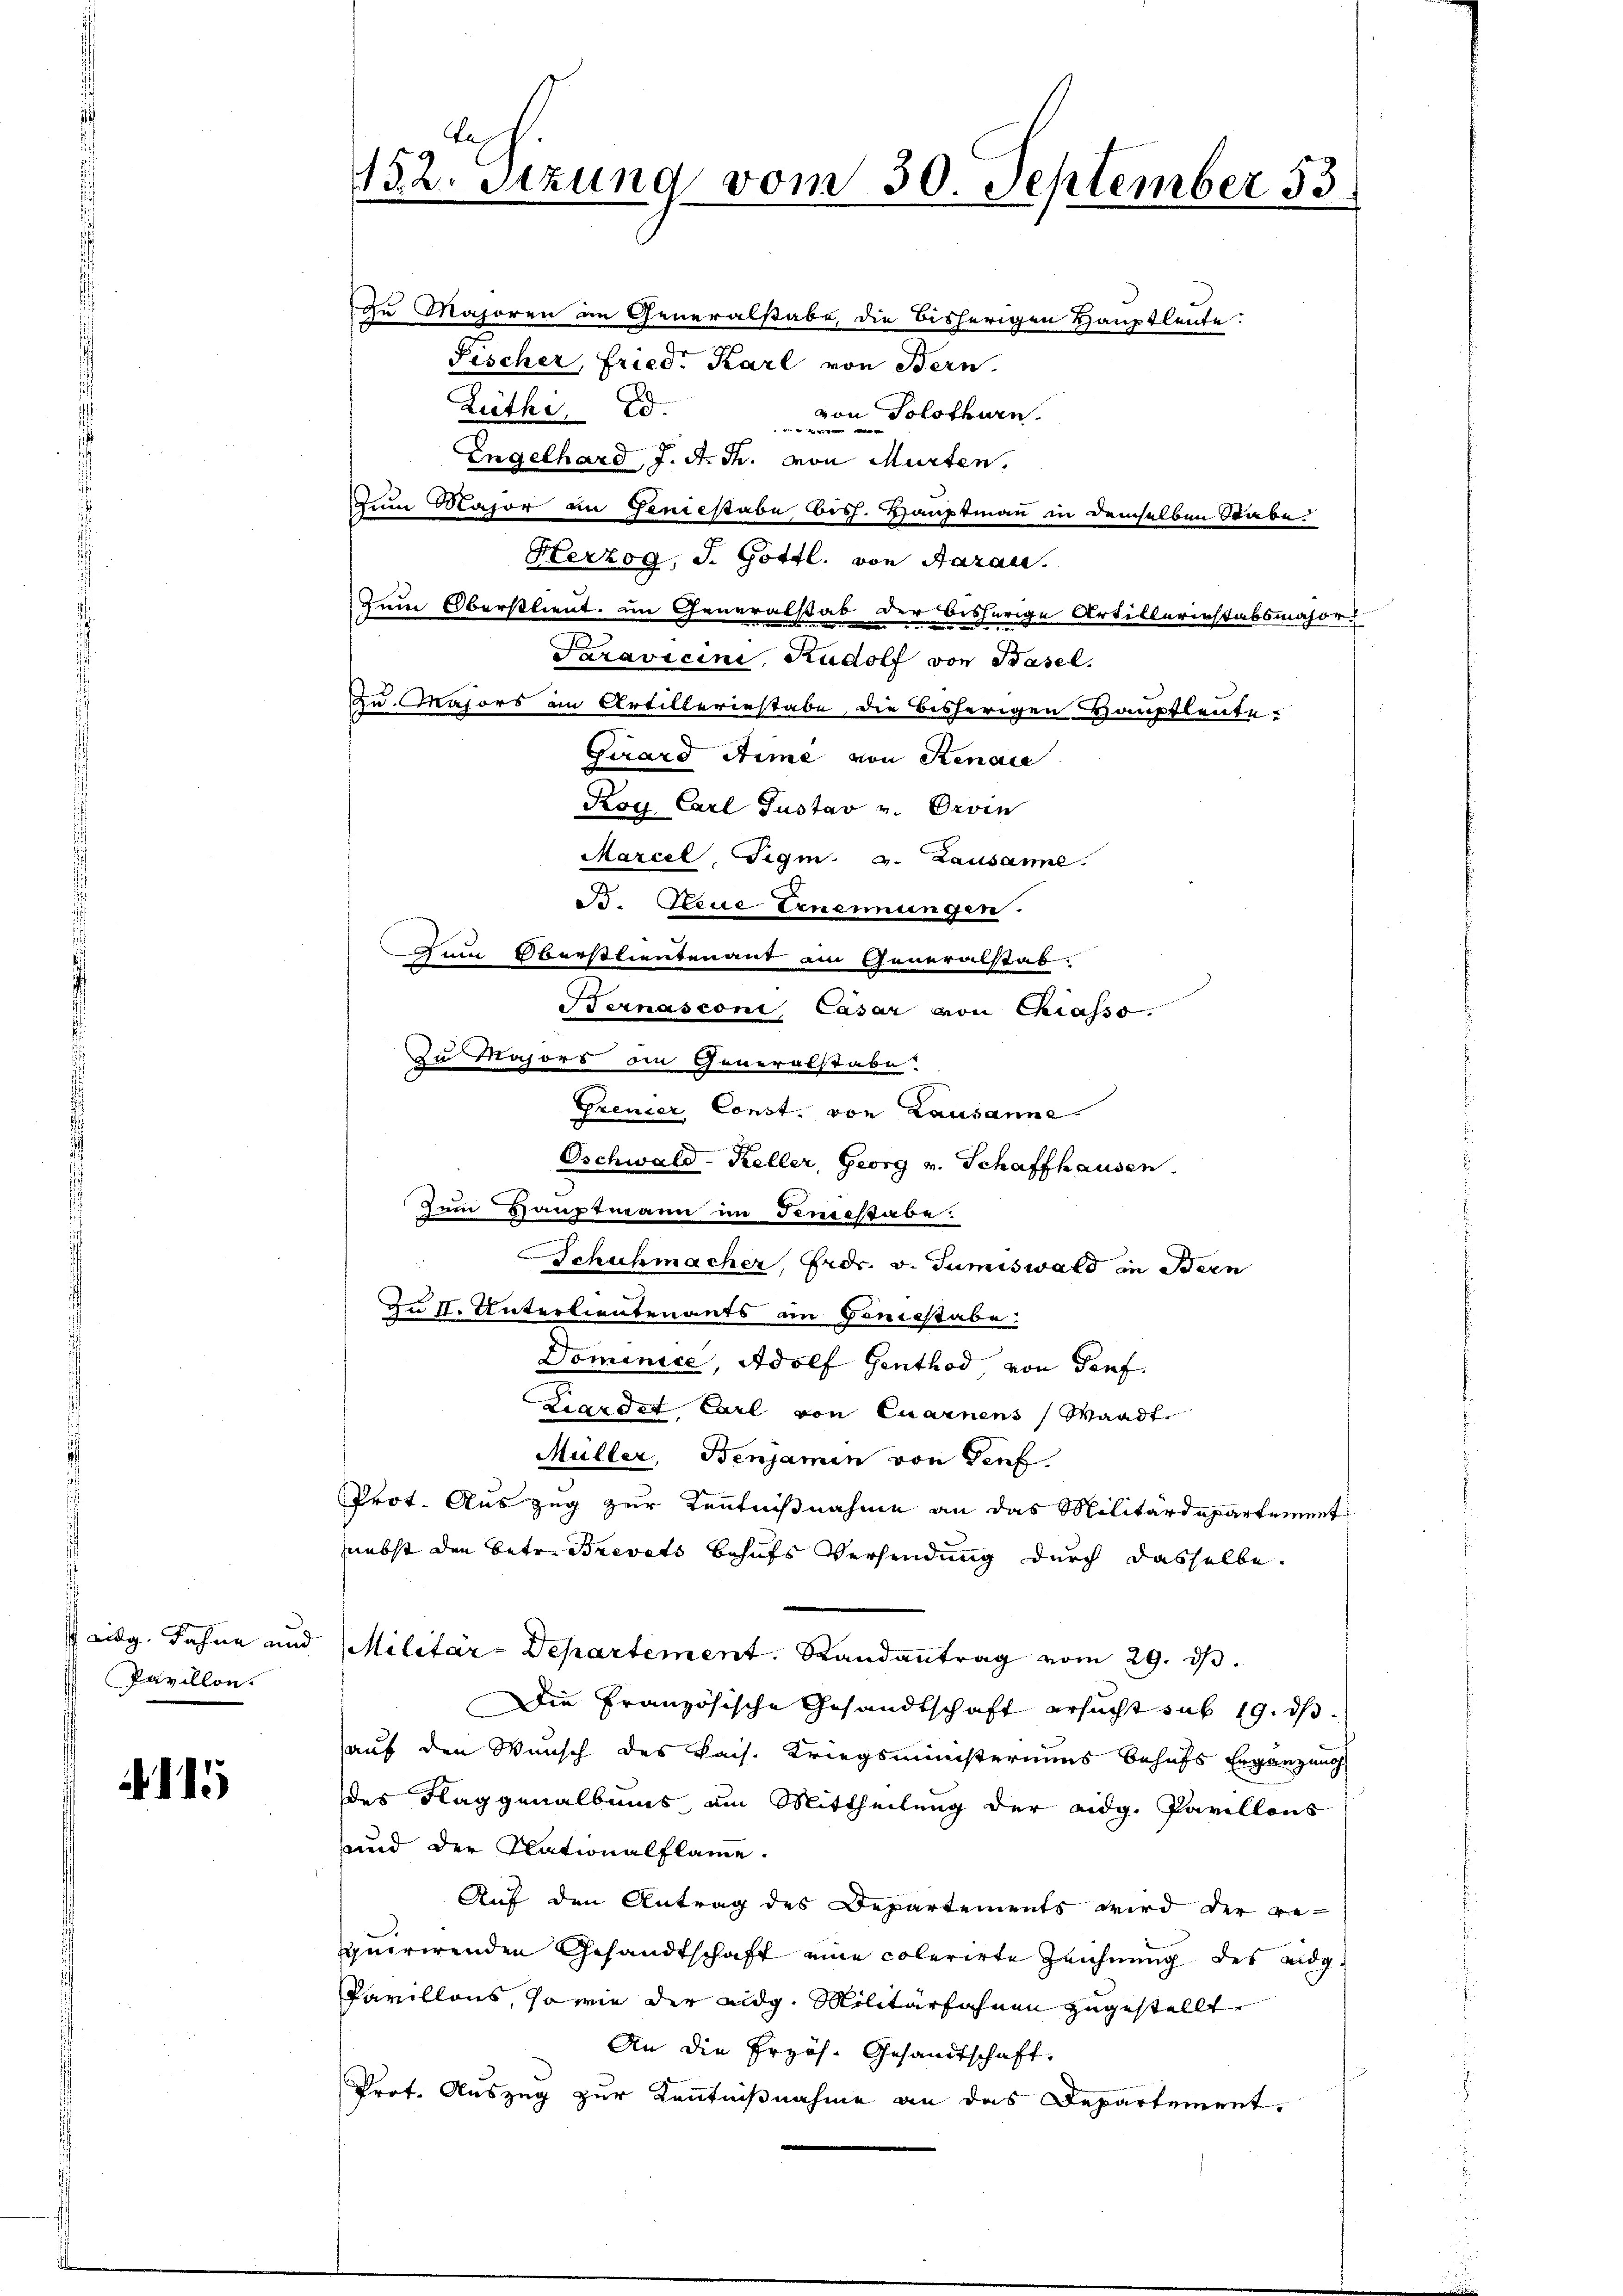
Pavillon.

11

zu Majoren im Generalstabe, die bisherigen Hauptleute:
Fischer, Fried. Karl von Bern.
Zuthi, Ed.
 von Solothurn.
Engelhard, J. A. Th. von Murten.
Zum Major in Geniestabe bish. Hauptmann in demselben Rabe.
Herzog, J. Gottl. von Aarau
Zum Oberstlieut. im Generalstab der bisherige Artillerinstabsmajors
Saravicini, Rudolf von Basel.
zu. Majors im Artillerinstabe, die bisherigen Hauptleute.
Girard Arme von Senate
Koy Carl Gustav v. Orvin
Marcel, Sigm. v. Lausanne.
B. Neue Ernennungen.
Zum Oberstlieutenant am Generalstab
Sternasconi, Casar von Chiasso.
Dominice, Adolf Genthod, von Torf
Liardet Carl von Quarnens (Waadt
Müller, Benjamin von Genf
Prot. Auszug zur Kenntnißnahme an das Militärdepartement
nebst den betr. Brevets behufs Versendung durch dasselbe
 eidg. Fahne und Militär-Departement. Randantrag vom 29. dβ.
Die Französische Gesandtschaft ersucht sub 19. ds
auf den Wunsch des kais. Kriegsministeriums behufs Ergänzung
des Flaggenalbums am Mittheilung der eidg. Pavillons
und der Plationalflame.
Auf den Antrag des Departements wird der gequirirenden Gesandtschaft eine colerirte Zeichnung des eidg¬
Pavillons, sowie der eidg. Militärfahnen zugestellt
An die Erzös. Gesandtschaft,
Prot. Auszug zur Kenntnißnahme an das Departement,

Ae
132. Setzung vom 30. September 53.

zu Majors die Generalstabe
Grenzer, Const. von Lausanne.
Oschwald-Keller, Georg v. Schaffhausen.
Zum Hauptmann im Fensstabe:
Schuhmacher, Fredr. v. Tumiswald in Bern
An II. Unterlieutenants in Geniestabe